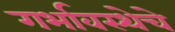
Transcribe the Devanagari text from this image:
गर्भावस्थेचे